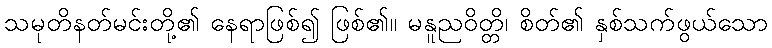
သမုတိနတ်မင်းတို့၏ နေရာဖြစ်၍ ဖြစ်၏။ မနူညဝိတ္တိ၊ စိတ်၏ နှစ်သက်ဖွယ်သော